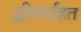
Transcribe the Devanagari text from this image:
द्वीपरहित